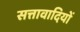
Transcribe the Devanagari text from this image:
सत्तावादियों